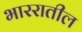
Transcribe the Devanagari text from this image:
भाररातील